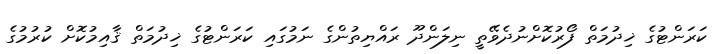
ކަރަންޓުގެ ޚިދުމަތް ފޯރުކޮށްނުދެވޭތީ ނިލަންދޫ ރައްޔިތުންގެ ނަމުގައި ކަރަންޓުގެ ޚިދުމަތް ޤާއިމުކޮށް ކުރުމުގެ